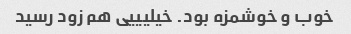
خوب و خوشمزه بود. خیلیییی هم زود رسید